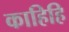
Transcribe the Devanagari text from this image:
काहिहि